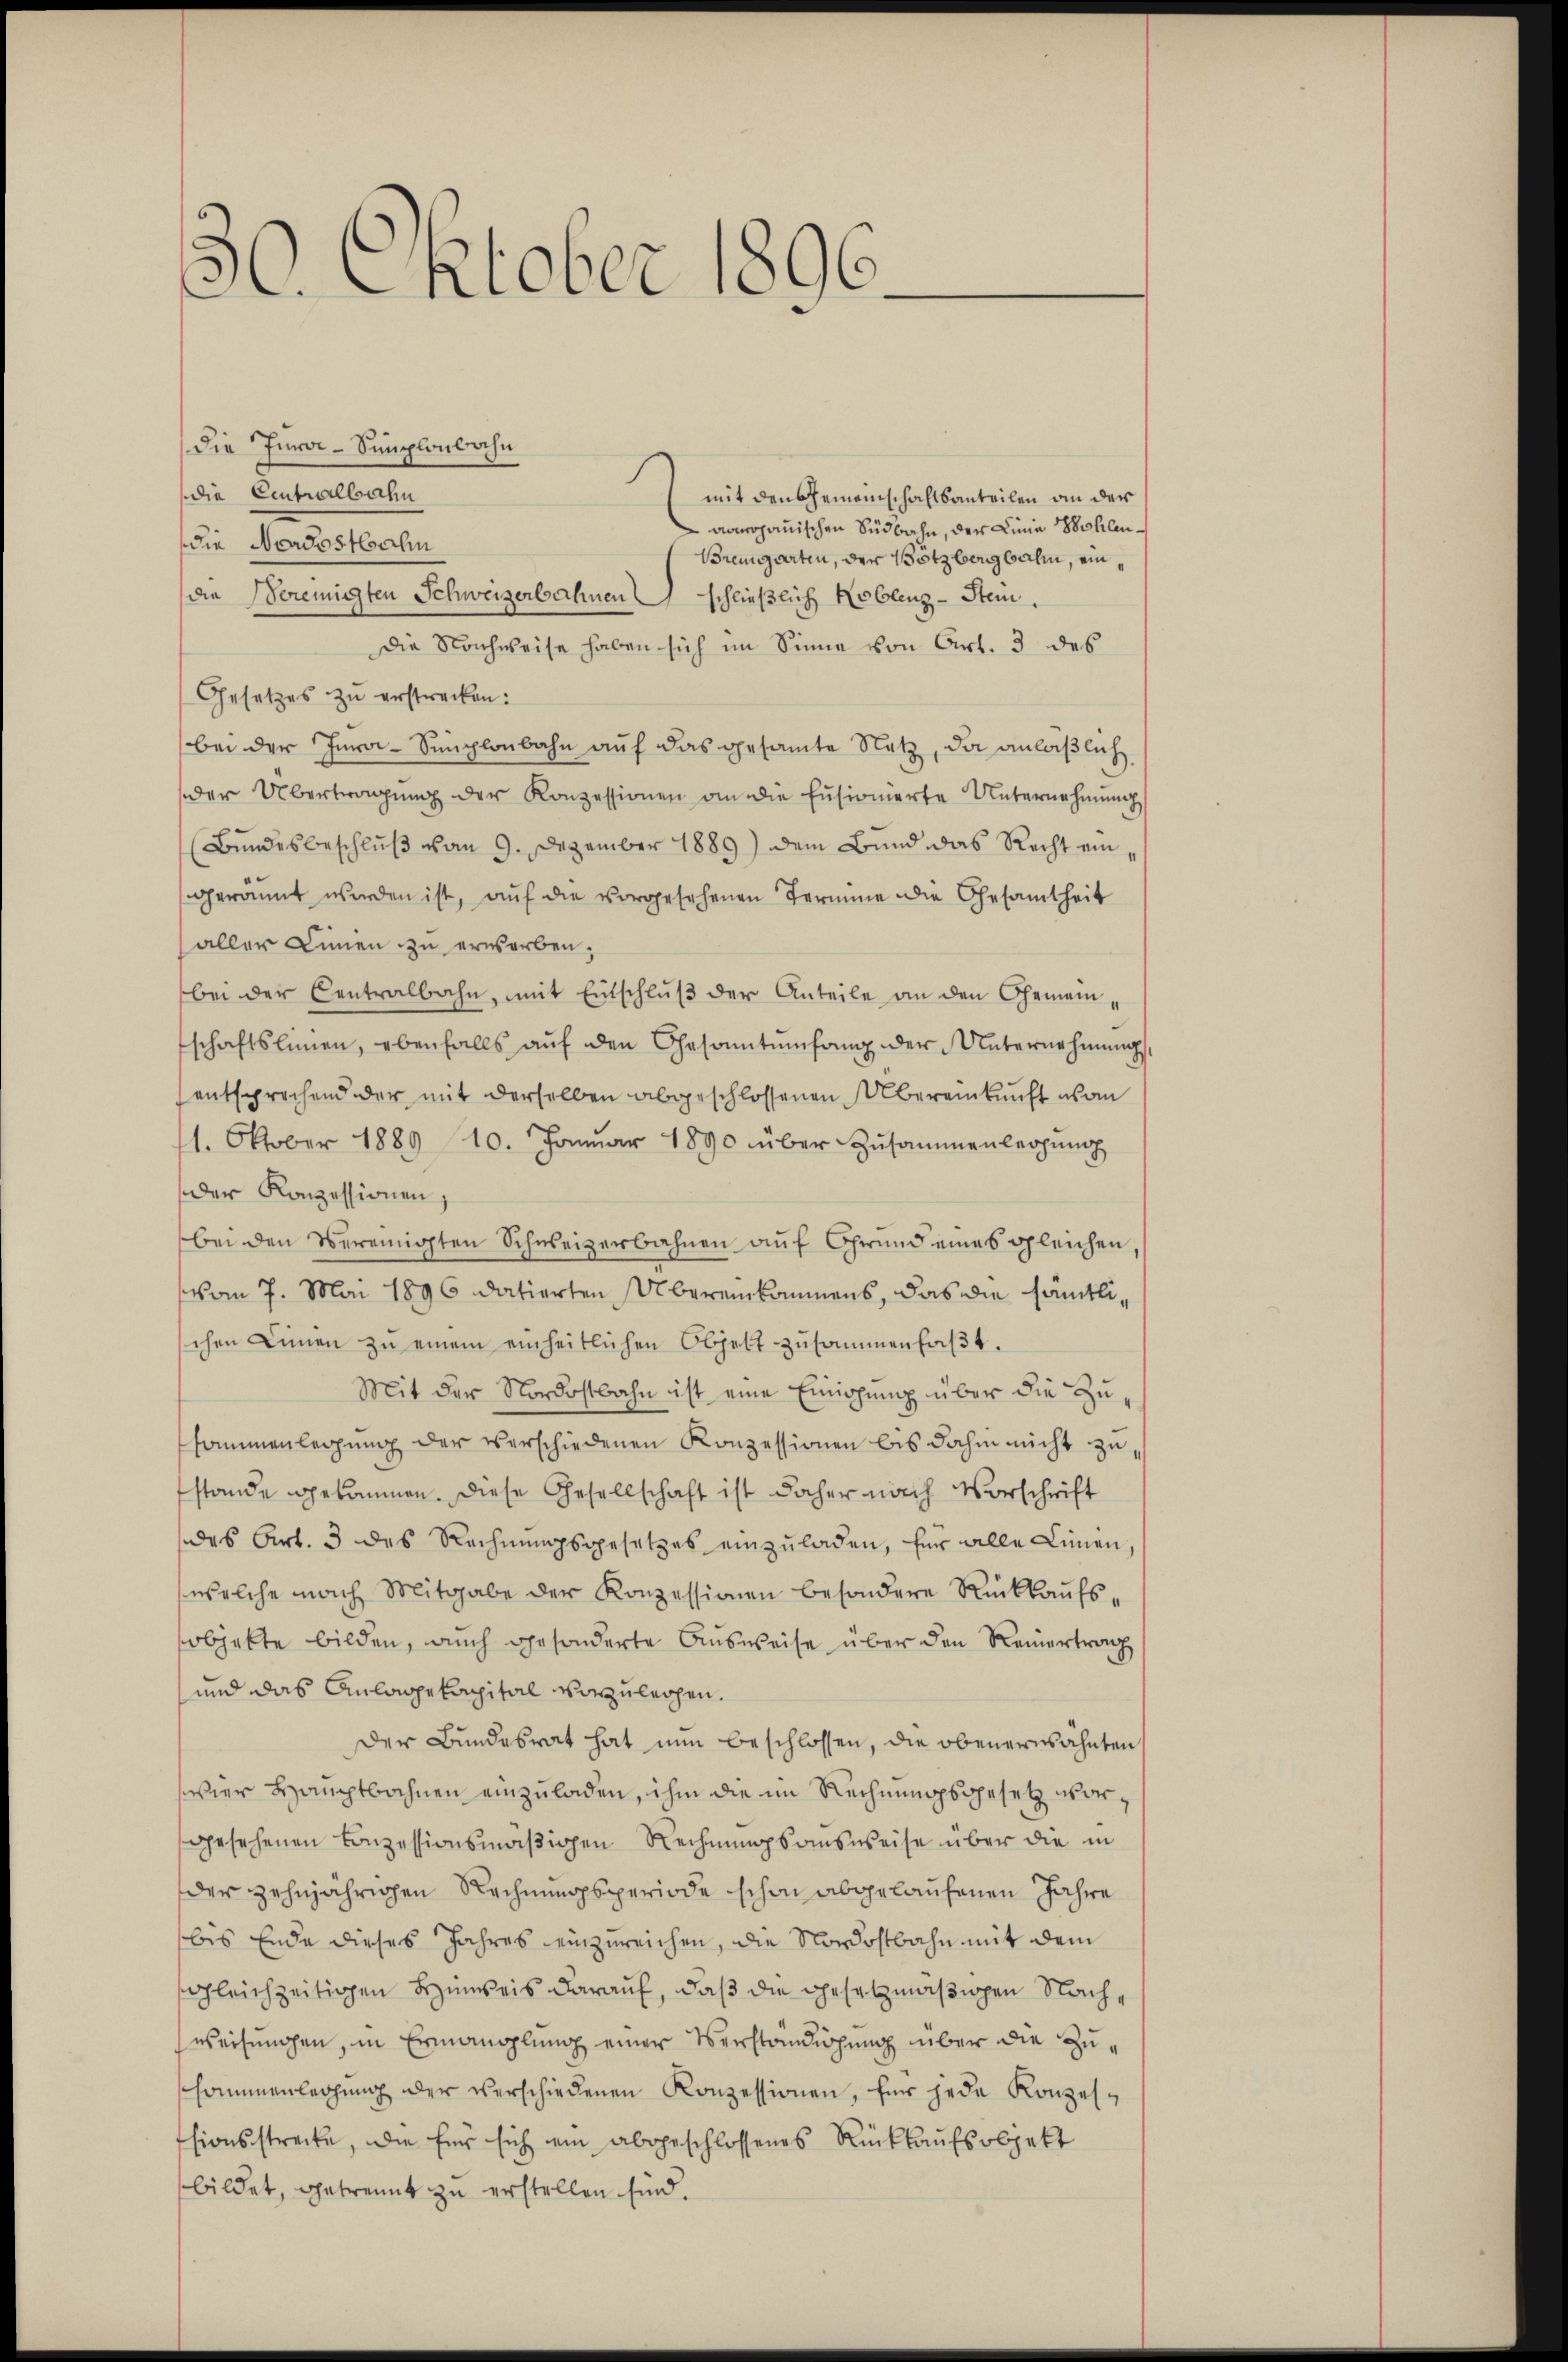
30. Oktober 1896.

die Jura-Simplonbahn
Die Centralbahn
mit den Gemeinschaftsanteilen an der
aoojanischen Südbahn, der Linie Bohlen.
die Nordostbahn
Bremgarten, der Bötzbergbahn, eindie Bereinigten Schweizerbahnen schließlich Koblenz-Stein.
Die Nachweise haben sich im Sinne von Art. 3 des
Gesetzes zu erstrecken:
bei der Jura-Simplonbahn auf das gesamte Netz, da anläßlich
der Übertragung der Konzessionen an die Eusionierte Unternehmung
Bundesbeschluß vom 9. Dezember 1889) dem Bund das Recht eingerannt werden ist, auf die vorgesehenen Termine die Gesamtheit
aller Linnen zu erworben,
bei der Centralbahn, mit Entschluß der Anteile an den Gemeinschaftslinien, ebenfalls aŭf den Gesantŭmfang der Unternehmung,
entsprechend der mit derselben abgeschlossenen Übereinkunft von
11. Oktober 1889 10. Janŭar 1890 über Zusammenlegŭng
der Konzessionen,
bei den vereinigten Schweizerbahnen auf Grund eines gleichen
vom 7. Mai 1896 datierten Übereinkommens, das die sämtlischen Linien zŭ einem einheitlichen Objekt zŭsammenfaβt.
Mit der Nordostbahn ist eine Einigung über die Zusammenlegung der verschiedenen Konzessionen bis dahin nicht zu
stande gekommen. Diese Gesellschaft ist daher nach Vorschrift
des Art. 3 des Rechnungsgesetzes einzuladen, für alle Linien,
welche nach Mitgabe der Konzessionen besondere Rückkaŭfssobjekte bilden, auch gesonderte Ausweise über den Reinertrag
und das Anlagekapital vorzuleihen.
Der Bundesrat hat nun beschlossen, die obenerwähnten
wier Hauptbahnen einzuladen, ihm die im Rechnungsgesetz vorgesehenen Conzessionsmäßigen Rechnungsausweise über die in
der zehnjährigen Rechnungsperiode schon abgelaufenen Jahre
bis Ende dieses Jahres einzureichen, die Nordostbahn mit dem
sgleichzeitigen Hinweis darauf, daß die gesetzmäßigen Nachweisungen, in Ermanglung einer Verständigung über die Zuhommenlegŭng der verschiedenen Konzessionen, für jede Konzesssionsstrecke, die für sich ein abgeschlossenes Rückkaufsobjekt
bildet, getrennt zu erstellen sind.

1